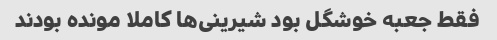
فقط جعبه خوشگل بود شیرینی‌ها کاملا مونده بودند